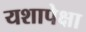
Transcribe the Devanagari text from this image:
यशापेक्षा